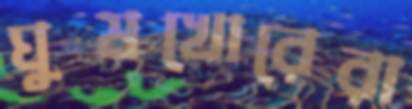
ঘুষখোরেরা